system: You are a helpful assistant.
user:
Analyze the provided spectrum to determine if it is a **M-type Giant (gM)**.

A M-type Giant spectrum is defined by its **strong molecular absorption** features, particularly from **Titanium Oxide (TiO)**. You must check for one of the following mutually exclusive signatures:

- **Key Visual Indicators (Absorption-Dominated Spectrum):**

    - **(Primary):** The spectrum is dominated by strong molecular absorption from **Titanium Oxide (TiO)**. This is the **defining feature** of its M-type temperature class.
        - **(Key Bandheads):** Look for sharp, "saw-tooth" absorption valleys. The strongest are located near **~7050 Å**, **~6160 Å**, and **~5170 Å**.
        - **(Line Profile):** The "saw-tooth" morphology is critical: a **sharp, steep drop on the BLUE (short-wavelength) side** of the bandhead, followed by a gradual recovery (rising flux) towards the RED (long-wavelength) side.

    - **(Key Confirmation - Giant vs. Dwarf):** **ABSENCE** of strong **Calcium Hydride (CaH)** molecular bands. This is the primary diagnostic for *excluding* M-dwarfs.
        - **(Key Region):** The spectrum should lack the strong, broad absorption band seen in dwarfs between **~6800 Å and ~7000 Å**.

    - **(Secondary Confirmation - Giant):** A very strong and broad **Neutral Calcium (Ca I)** atomic absorption line.
        - **(Key Line):** Located at **~4226 Å**. In a giant (gM), this line is significantly deeper and broader than the same line in an M-dwarf (dM) due to low surface gravity.

    - **(Overall Spectrum):**
        - The continuum is **extremely red-sloping** (i.e., flux is very low in the blue and rises dramatically towards the red).
        - The entire spectrum appears "chopped up" by the deep TiO bands.

Think first, call **spectral_visualization_tool** if needed to examine features in detail, then provide your final answer. Your response must adhere to the following strict rules:
1.  **Overall Structure:** Your response must follow the format `<think>...</think> <tool_call>...</tool_call> (if a tool is used) <answer>...</answer>`.
2.  **Tool Usage Constraint:** You may only make **one** tool call per turn.
3.  **Final Answer Format:** In the `<answer>` tag, your conclusion must be inside a `\boxed{}` command (e.g., `\boxed{YES}` or `\boxed{NO}`), followed by your justification.

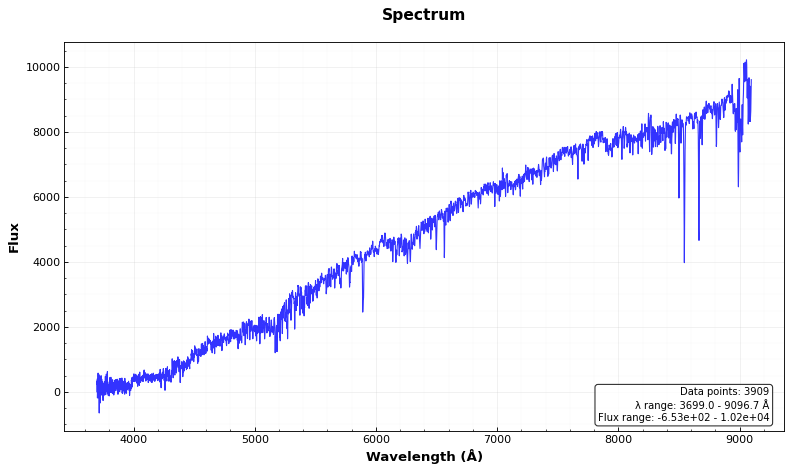
Answer: NO